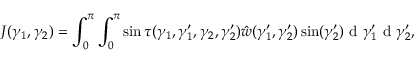
J ( \gamma _ { 1 } , \gamma _ { 2 } ) = \int _ { 0 } ^ { \pi } \int _ { 0 } ^ { \pi } \sin \tau ( \gamma _ { 1 } , \gamma _ { 1 } ^ { \prime } , \gamma _ { 2 } , \gamma _ { 2 } ^ { \prime } ) \hat { w } ( \gamma _ { 1 } ^ { \prime } , \gamma _ { 2 } ^ { \prime } ) \sin ( \gamma _ { 2 } ^ { \prime } ) \mathrm { ~ d ~ } \gamma _ { 1 } ^ { \prime } \mathrm { ~ d ~ } \gamma _ { 2 } ^ { \prime } ,